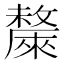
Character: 斄